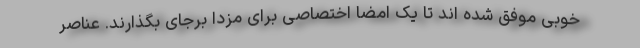
خوبی موفق شده اند تا یک امضا اختصاصی برای مزدا برجای بگذارند. عناصر